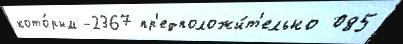
кото́рым -2367 пр'едположи́т'ельно 085